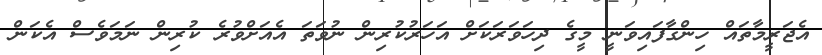
އެޖަރީމާތައް ހިންގާފައިވަނީ މީގެ ދިހަވަރަކަށް އަހަރުކުރިން ނުވަތަ އެއަށްވުރެ ކުރިން ނަމަވެސް އެކަން